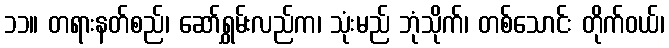
၁၁။ တရားနတ်စည်၊ ဆော်ရွှမ်းလည်က၊ သုံးမည် ဘုံသိုက်၊ တစ်သောင်း တိုက်ဝယ်၊